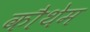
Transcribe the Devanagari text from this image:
कौथेम